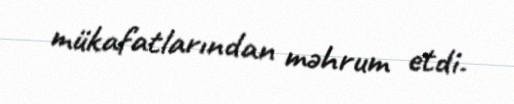
mükafatlarından məhrum etdi.